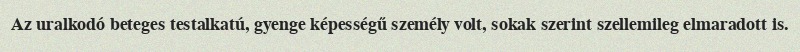
Az uralkodó beteges testalkatú, gyenge képességű személy volt, sokak szerint szellemileg elmaradott is.